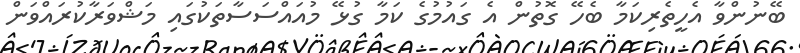
ބޭނުންވާ އެހީތެރިކަމާ ބެހޭ ގޮތުން އެ ގައުމުގެ ކަމާ ގުޅޭ މުއައްސަސާތަކުގައި މަޝްވަރާކުރައްވަން